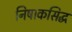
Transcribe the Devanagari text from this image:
निषाकसिद्ध